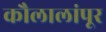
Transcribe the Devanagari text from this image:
कौलालांपूर